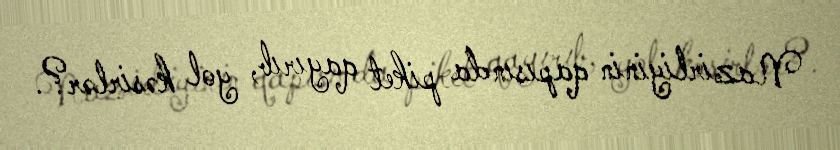
Nazirliyinin qapısında piket qayırıb, yol kəsirlər?.